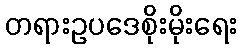
တရားဥပဒေစိုးမိုးရေး